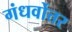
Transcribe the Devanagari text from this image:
गंधर्वोत्तर